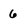
Character: 6